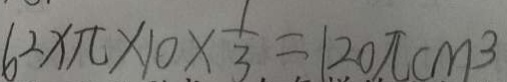
6 ^ { 2 } x \pi \times 1 0 \times \frac { 1 } { 3 } = 1 2 0 \pi c m ^ { 3 }